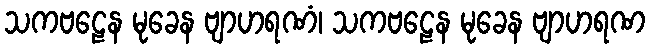
သကဗဠေန မုခေန ဗျာဟရဏံ၊ သကဗဠေန မုခေန ဗျာဟရဏ